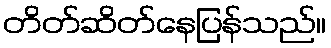
တိတ်ဆိတ်နေပြန်သည်။